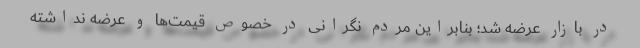
در بازار عرضه شد؛ بنابراین مردم نگرانی در خصوص قیمت‌ها و عرضه نداشته